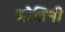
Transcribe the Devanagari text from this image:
मौतिनी